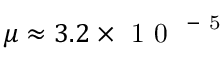
\mu \approx 3 . 2 \times \mathrm { ~ 1 ~ 0 ~ } ^ { \mathrm { ~ - ~ 5 ~ } }